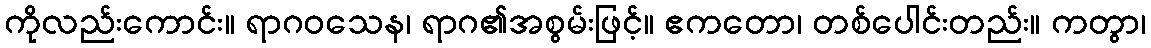
ကိုလည်းကောင်း။ ရာဂဝသေန၊ ရာဂ၏အစွမ်းဖြင့်။ ဧကတော၊ တစ်ပေါင်းတည်း။ ကတွာ၊